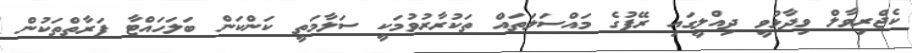
ކެޖްރިވާލް ވިދާޅުވީ ދިއްލީގައި ރޭޕުގެ މައްސަލަތައް ތަކުރާރުވުމަކީ ސަލާމަތީ ކަންކަން ބަލަހައްޓާ ފަރާތްތަކުން